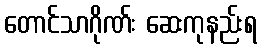
တောင်သာဂိုဏ်း ဆေးကုနည်းရ